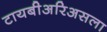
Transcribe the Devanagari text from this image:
टायबीअरिअसला